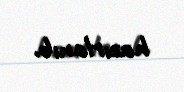
hazırlanıb.